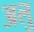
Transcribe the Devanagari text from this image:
अलु